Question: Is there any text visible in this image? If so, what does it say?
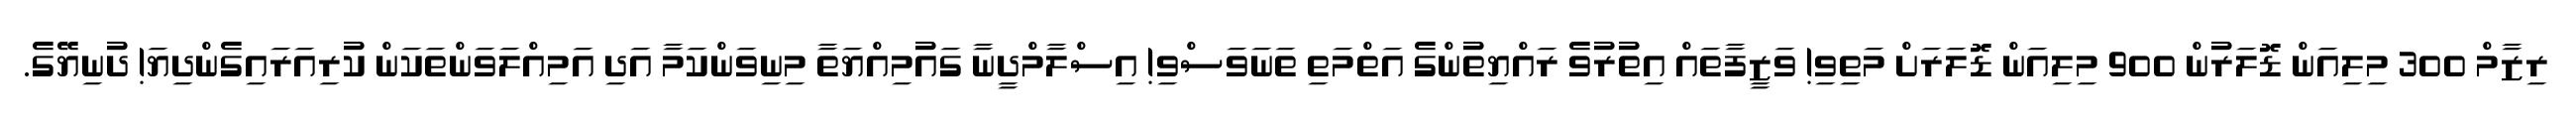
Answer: ރިޒާމް 300 މިލިއަން ޑޮލަރުން 900 މިލިއަން ޑޮލަރަށް މަތިވި! ވަޒީފާތައް އިތުރުވެ ރައްޔިތުންގެ އަތްމަތި ތަނަވަސްވި! އިސްލާމްދީނާ ގައުމިއްޔަތާ މިނިވަންކަމާ އަދި އަމިއްލަވަންތަކަން ކުރިއަރައިގެންދިޔަ! ދުނިޔޭގެ.